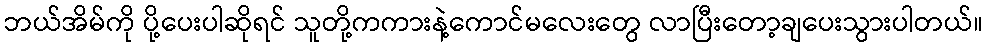
ဘယ်အိမ်ကို ပို့ပေးပါဆိုရင် သူတို့ကကားနဲ့ကောင်မလေးတွေ လာပြီးတော့ချပေးသွားပါတယ်။